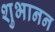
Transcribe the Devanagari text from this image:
शुभानन